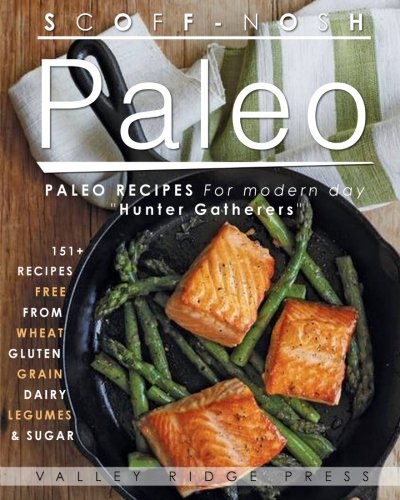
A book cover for SCOFF NOSH Paleo: 151 + Delicious Paleo Recipes for Modern Day "HUNTER GATHERERS". Delicious Recipes Wheat FREE - Gluten FREE - Sugar FREE- Legume FREE - Grain FREE & Dairy FREE; Oliver Michaels; Health, Fitness & Dieting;